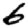
Digit: 6